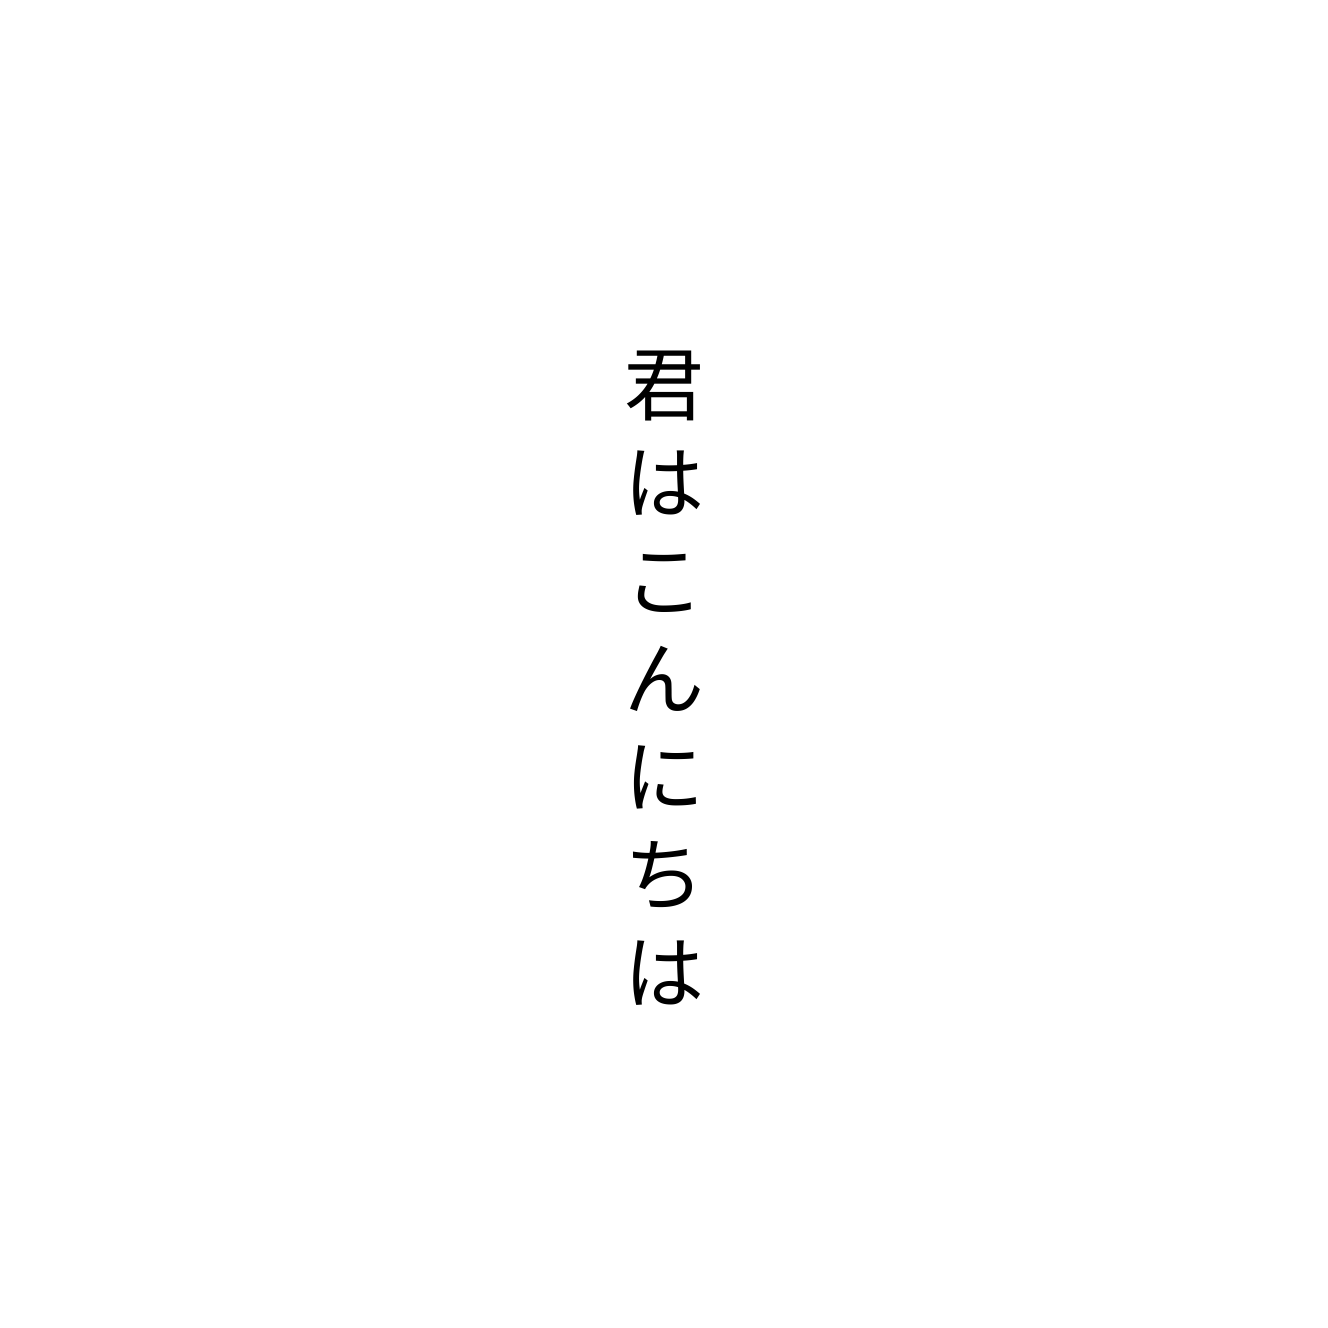
君はこんにちは